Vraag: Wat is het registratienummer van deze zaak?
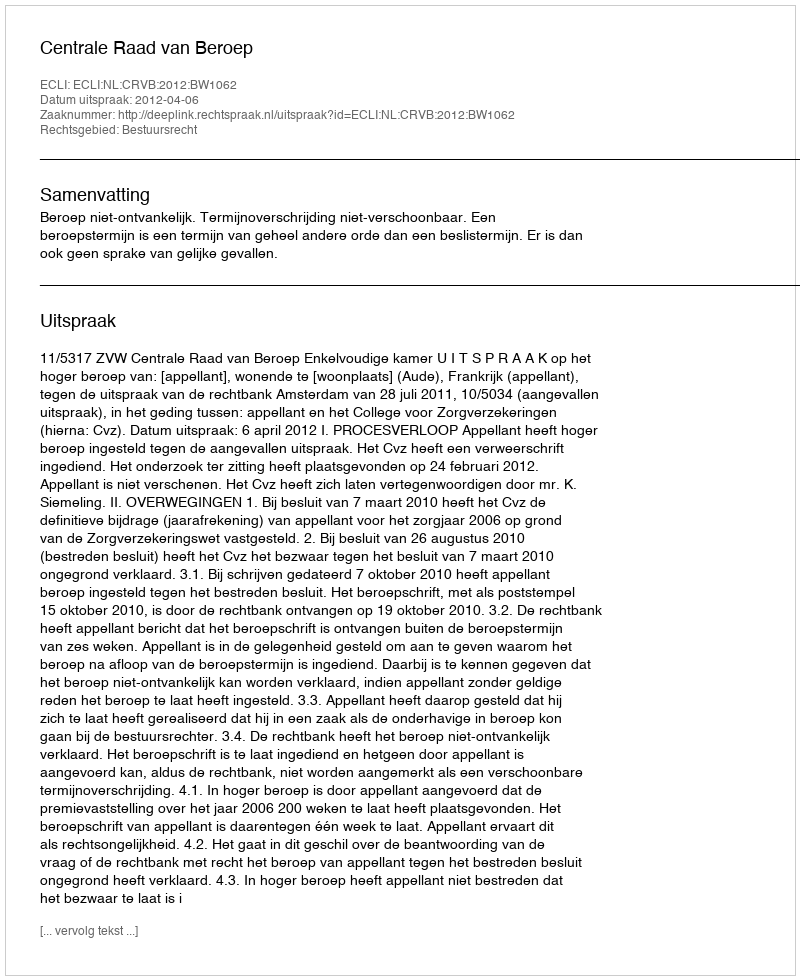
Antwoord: http://deeplink.rechtspraak.nl/uitspraak?id=ECLI:NL:CRVB:2012:BW1062